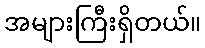
အများကြီးရှိတယ်။